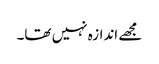
مجھے اندازہ نہیں تھا۔